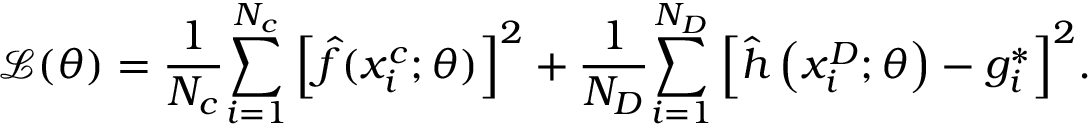
\mathcal { L } ( \theta ) = \frac { 1 } { { { N _ { c } } } } { \sum _ { i = 1 } ^ { { N _ { c } } } { \left[ { \hat { f } ( x _ { i } ^ { c } ; \theta ) } \right] } ^ { 2 } } + \frac { 1 } { { { N _ { D } } } } { \sum _ { i = 1 } ^ { { N _ { D } } } { \left[ { \hat { h } \left( { x _ { i } ^ { D } ; \theta } \right) - g _ { i } ^ { * } } \right] } ^ { 2 } } .